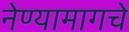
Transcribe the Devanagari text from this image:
नेण्यामागचे